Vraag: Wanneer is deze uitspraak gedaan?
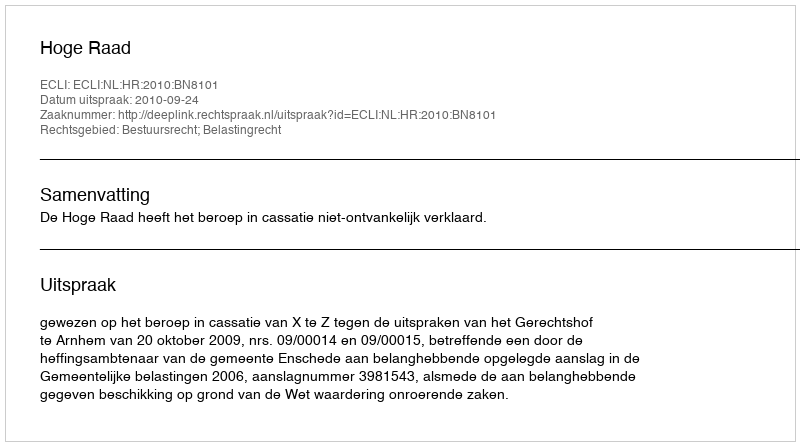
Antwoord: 2010-09-24